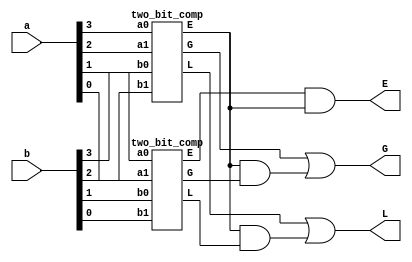
`timescale 1ns / 1ps
//////////////////////////////////////////////////////////////////////////////////
// Company: 
// 
// Design Name: 4 bit comparator using 2 bit comparator
// Module Name: four_bit_comp
// Project Name: 
// Target Devices: 
// Tool Versions: 
// Description: 
// 
// Dependencies: 
// 
// Revision:
// Revision 0.01 - File Created
// Additional Comments:
// 
//////////////////////////////////////////////////////////////////////////////////



module four_bit_comp(G, L, E, a, b);
    input [3:0]a,b;
    output G, L, E;
    wire  g1, g2, l1, l2, e1, e2;

    two_bit_comp c1(g2, l2, e2, a[3], a[2], b[3], b[2]);
    two_bit_comp c2(g1, l1, e1, a[1], a[0], b[1], b[0]);

    assign G = (g2) | (e2 & g1);
    assign L = (l2) | (e2 & l1);
    assign E = e1 & e2;

endmodule


module two_bit_comp(G ,L, E, a0, a1, b0, b1);
input a0, a1, b0, b1;
output G, L, E;

assign G = ((a1)&(~b1))|((a1)~^(b1))&((a0)&(~b0));
assign L = ((~a1)&(b1))|((a1)~^(b1))&((~a0)&(b0));
assign E = (a1~^b1) & (a0~^b0);

endmodule